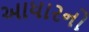
આધારનો